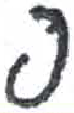
אות: פ